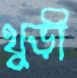
থুড়ী